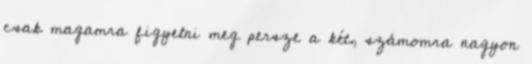
csak magamra figyelni meg persze a két, számomra nagyon